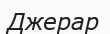
Джерар